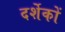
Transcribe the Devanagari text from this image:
दर्शेकों